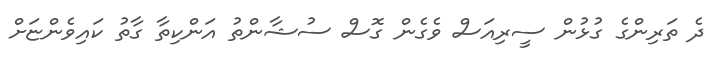
ދެ ތަރިންގެ ގުޅުން ސީރިއަސް ވެގެން ގޮސް ސުޝާންތު އަންކިތާ ގާތު ކައިވެންޏަށް